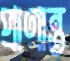
প্রাণান্ত